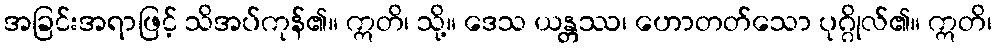
အခြင်းအရာဖြင့် သိအပ်ကုန်၏။ ဣတိ၊ သို့။ ဒေသ ယန္တဿ၊ ဟောတတ်သော ပုဂ္ဂိုလ်၏။ ဣတိ၊